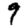
Digit: 9